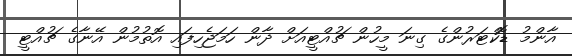
އާންމު ޑޮކްޓަރުންގެ ގިނަ މީހުން ޗުއްޓީއަށް ދާން ހަމަޖެހިފައި އޮތުމުން އޭނާގެ ޗުއްޓީ